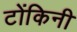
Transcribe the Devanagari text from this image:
टोंकिनी